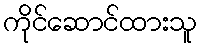
ကိုင်ဆောင်ထားသူ